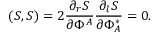
( S , S ) = 2 \frac { \partial _ { r } S } { \partial \Phi ^ { A } } \frac { \partial _ { l } S } { \partial \Phi _ { A } ^ { \ast } } = 0 .